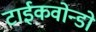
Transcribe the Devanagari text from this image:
टाईकवोन्डो